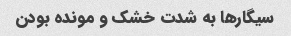
سیگارها به شدت خشک و مونده بودن